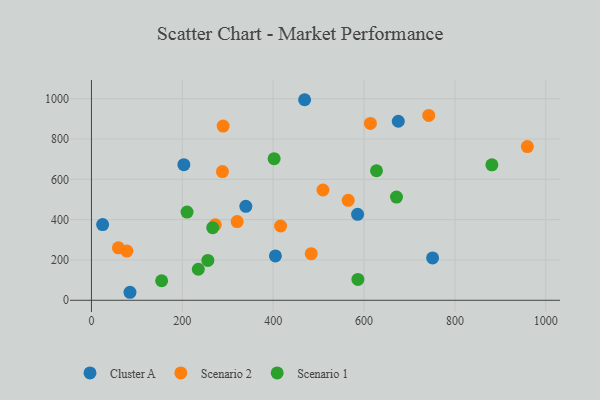
{"axis": {"x": "Experience", "y": "Rating"}, "legend": ["Cluster A", "Scenario 1", "Scenario 2"], "data": [{"x": "675.4", "y": 888.0, "type": "Cluster A"}, {"x": "404.9", "y": 219.9, "type": "Cluster A"}, {"x": "203.4", "y": 672.5, "type": "Cluster A"}, {"x": "585.8", "y": 426.3, "type": "Cluster A"}, {"x": "84.8", "y": 39.7, "type": "Cluster A"}, {"x": "750.9", "y": 210.3, "type": "Cluster A"}, {"x": "469.2", "y": 994.8, "type": "Cluster A"}, {"x": "24.6", "y": 375.3, "type": "Cluster A"}, {"x": "339.8", "y": 465.8, "type": "Cluster A"}, {"x": "416.3", "y": 368.4, "type": "Scenario 2"}, {"x": "483.7", "y": 231.3, "type": "Scenario 2"}, {"x": "614.0", "y": 877.1, "type": "Scenario 2"}, {"x": "77.9", "y": 244.1, "type": "Scenario 2"}, {"x": "565.1", "y": 495.8, "type": "Scenario 2"}, {"x": "742.4", "y": 916.8, "type": "Scenario 2"}, {"x": "509.6", "y": 547.1, "type": "Scenario 2"}, {"x": "320.7", "y": 390.5, "type": "Scenario 2"}, {"x": "288.3", "y": 638.4, "type": "Scenario 2"}, {"x": "59.3", "y": 260.4, "type": "Scenario 2"}, {"x": "959.5", "y": 762.6, "type": "Scenario 2"}, {"x": "272.5", "y": 374.4, "type": "Scenario 2"}, {"x": "289.9", "y": 864.3, "type": "Scenario 2"}, {"x": "671.4", "y": 511.9, "type": "Scenario 1"}, {"x": "402.1", "y": 702.3, "type": "Scenario 1"}, {"x": "586.5", "y": 103.4, "type": "Scenario 1"}, {"x": "266.9", "y": 360.0, "type": "Scenario 1"}, {"x": "210.4", "y": 437.4, "type": "Scenario 1"}, {"x": "627.4", "y": 642.4, "type": "Scenario 1"}, {"x": "235.2", "y": 154.0, "type": "Scenario 1"}, {"x": "881.4", "y": 671.9, "type": "Scenario 1"}, {"x": "154.5", "y": 96.8, "type": "Scenario 1"}, {"x": "256.2", "y": 197.9, "type": "Scenario 1"}]}